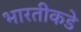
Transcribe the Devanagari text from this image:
भारतीकडे